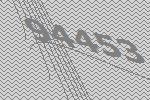
94453